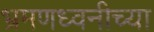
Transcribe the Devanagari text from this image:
भ्रमणध्वनीच्या